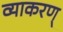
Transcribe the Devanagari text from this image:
व्याकरण्